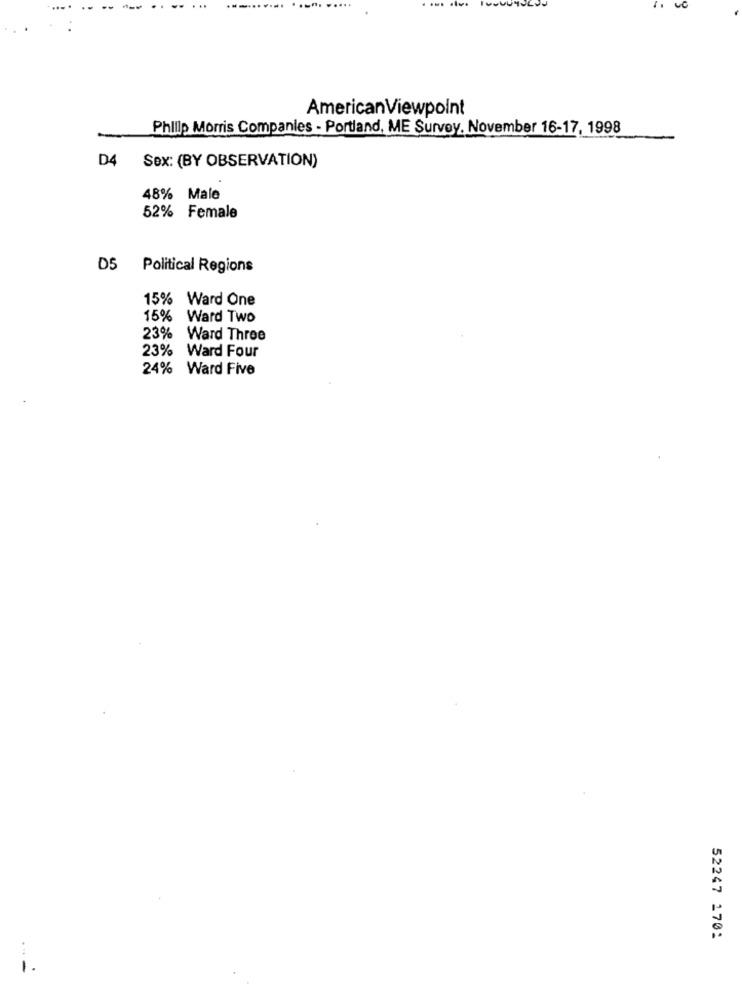
00
AmericanViewpoint
Philip Morris Companies - Portland, ME Survey. November 16-17, 1998
D4 Sex: (BY OBSERVATION)
48% Male
52% Female
D5
Political Regions
15% Ward One
15% Ward Two
23% Ward Three
23% Ward Four
24% Ward Five
52247 170:
. ..
-